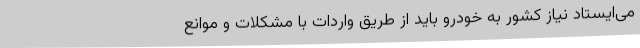
می‌ایستاد نیاز کشور به خودرو باید از طریق واردات با مشکلات و موانع